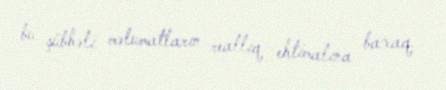
bu şübhəli məlumatların reallıq ehtimalına baxaq.